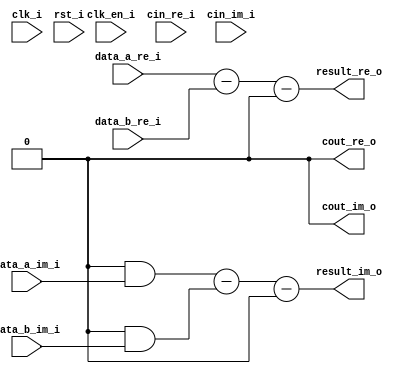
// =============================================================================
// >>>>>>>>>>>>>>>>>>>>>>>>> COPYRIGHT NOTICE <<<<<<<<<<<<<<<<<<<<<<<<<<<<<<<<<<
// -----------------------------------------------------------------------------
//   Copyright (c) 2017 by Lattice Semiconductor Corporation
//   ALL RIGHTS RESERVED 
// -----------------------------------------------------------------------------
//
//   Permission:
//
//      Lattice SG Pte. Ltd. grants permission to use this code
//      pursuant to the terms of the Lattice Reference Design License Agreement. 
//
//
//   Disclaimer:
//
//      This VHDL or Verilog source code is intended as a design reference
//      which illustrates how these types of functions can be implemented.
//      It is the user's responsibility to verify their design for
//      consistency and functionality through the use of formal
//      verification methods.  Lattice provides no warranty
//      regarding the use or functionality of this code.
//
// -----------------------------------------------------------------------------
//
//                  Lattice SG Pte. Ltd.
//                  101 Thomson Road, United Square #07-02 
//                  Singapore 307591
//
//
//                  TEL: 1-800-Lattice (USA and Canada)
//                       +65-6631-2000 (Singapore)
//                       +1-503-268-8001 (other locations)
//
//                  web: http://www.latticesemi.com/
//
// -----------------------------------------------------------------------------
//
// =============================================================================
//                         FILE DETAILS         
// Project               : 
// Title                 : 
// Dependencies          : 
// Description           : A two-input subtractor that performs signed/unsigned
//                       : subtraction of the data from inputs DataA and DataB
//                       : with an optional Cin borrow input. The output Result
//                       : carries the Difference of the subtraction operation
//                       : with an optional Cout borrow output.
// =============================================================================
//                        REVISION HISTORY
// Version               : 1.1.0
// Author(s)             : 
// Mod. Date             : 
// Changes Made          : Removed registered input option.
// =============================================================================

`ifndef LSCC_SUBTRACTOR
`define LSCC_SUBTRACTOR

module lscc_subtractor #
// -----------------------------------------------------------------------------
// Module Parameters
// -----------------------------------------------------------------------------
(
parameter integer            D_WIDTH   = 16,
parameter                    SIGNED    = "off",
parameter                    USE_CNUM  = 0,
parameter                    USE_CIN   = 0,
parameter                    USE_COUT  = 0,
parameter                    USE_IREG  = "off",
parameter                    USE_OREG  = "off",
parameter integer            PIPELINES = 0,
parameter                    PIPE_4BIT = 1'b0,
parameter                    FAMILY    = "LIFCL"
)
// -----------------------------------------------------------------------------
// Input/Output Ports
// -----------------------------------------------------------------------------
(
input                        clk_i,
input                        clk_en_i,
input                        rst_i,
input [D_WIDTH-1:0]          data_a_re_i,
input [D_WIDTH-1:0]          data_a_im_i,
input [D_WIDTH-1:0]          data_b_re_i,
input [D_WIDTH-1:0]          data_b_im_i,
input                        cin_re_i,
input                        cin_im_i,

output reg [D_WIDTH-1:0]     result_re_o,
output reg [D_WIDTH-1:0]     result_im_o,
output reg                   cout_re_o,
output reg                   cout_im_o
);

// -----------------------------------------------------------------------------
// Local Parameters
// -----------------------------------------------------------------------------
localparam                   CNUM      = (USE_CNUM == 0) ? 1'b0 : 1'b1;
localparam                   CIN       = (USE_CIN  == 0) ? 1'b0 : 1'b1;
localparam                   COUT      = (USE_COUT == 0) ? 1'b0 : 1'b1;
localparam                   UNSIGNED  = (SIGNED == "on") ? 1'b0 : 1'b1;
localparam integer           MAX_PIPES = ((D_WIDTH - 1) >> (3 - PIPE_4BIT));
localparam integer           PIPES     = (PIPELINES > MAX_PIPES) ? MAX_PIPES : PIPELINES ;
localparam integer           MIN_SFT   = (D_WIDTH/(PIPES + 1));
localparam integer           MIN_SFT_C = (MIN_SFT * (PIPES + 1));
localparam integer           SFT_WDT   = (MIN_SFT + (MIN_SFT_C < D_WIDTH));
localparam integer           PIPE_WDT  = (PIPES * SFT_WDT);
localparam [D_WIDTH-1:0]     VAL_0     = {D_WIDTH{1'b0}};

// -----------------------------------------------------------------------------
// Combinatorial/Sequential Registers
// -----------------------------------------------------------------------------
reg [D_WIDTH-1:0]            A_Re;
reg [D_WIDTH-1:0]            B_Re;
reg [D_WIDTH-1:0]            A_Im;
reg [D_WIDTH-1:0]            B_Im;
reg                          Ci_Im;
reg                          Ci_Re;
reg                          Co_Re;
reg                          Co_Im;

// -----------------------------------------------------------------------------
// Wire Declarations
// -----------------------------------------------------------------------------
wire [D_WIDTH-1:0]           AmB_Re;
wire [D_WIDTH-1:0]           AmB_Im;
wire                         A_Re_msb;
wire                         B_Re_msb;
wire                         A_Im_msb;
wire                         B_Im_msb;

wire                         AmB_Re_msb = AmB_Re[D_WIDTH-1];
wire                         AmB_Im_msb = AmB_Im[D_WIDTH-1];
wire                         Co_Re_c    = (COUT & (UNSIGNED ^ Co_Re));
wire                         Co_Im_c    = (COUT & (UNSIGNED ^ Co_Im));

// -----------------------------------------------------------------------------
// Combinatorial Blocks
// -----------------------------------------------------------------------------
always @* begin
  if (SIGNED == "on") begin
    case({A_Re_msb, B_Re_msb})
      2'b00,
      2'b11: Co_Re = 1'b0;
      2'b01: Co_Re =  AmB_Re_msb;
      2'b10: Co_Re = ~AmB_Re_msb;
    endcase

    case({A_Im_msb, B_Im_msb})
      2'b00,
      2'b11: Co_Im = 1'b0;
      2'b01: Co_Im =  AmB_Im_msb;
      2'b10: Co_Im = ~AmB_Im_msb;
    endcase
  end
  else begin
    case({A_Re_msb, B_Re_msb})
      2'b00,
      2'b11: Co_Re = ~AmB_Re_msb;
      2'b01: Co_Re = 1'b0;
      2'b10: Co_Re = 1'b1;
    endcase

    case({A_Im_msb, B_Im_msb})
      2'b00,
      2'b11: Co_Im = ~AmB_Im_msb;
      2'b01: Co_Im = 1'b0;
      2'b10: Co_Im = 1'b1;
    endcase
  end
end

// -----------------------------------------------------------------------------
// Generate Combinatorial/Sequential Blocks
// -----------------------------------------------------------------------------
generate
  if (USE_IREG == "on") begin : U_I_REG_ON
    // -----------------
    // Sequential Input
    // -----------------
    always @ (posedge clk_i or posedge rst_i) begin
      if (rst_i) begin
        A_Re  <= VAL_0;
        B_Re  <= VAL_0;
        A_Im  <= VAL_0;
        B_Im  <= VAL_0;
        Ci_Im <= 1'b0;
        Ci_Re <= 1'b0;
      end
      else if (clk_en_i) begin
        A_Re  <= data_a_re_i;
        B_Re  <= data_b_re_i;
        A_Im  <= ({D_WIDTH {CNUM}} & data_a_im_i);
        B_Im  <= ({D_WIDTH {CNUM}} & data_b_im_i);
        Ci_Im <= (CIN & CNUM & ~cin_im_i);
        Ci_Re <= (CIN &  ~cin_re_i);
      end
    end
  end  // U_I_REG_ON
  else begin : U_I_REG_OFF
    // --------------------
    // Combinatorial Input
    // --------------------
    always @* begin
      A_Re  = data_a_re_i;
      B_Re  = data_b_re_i;
      A_Im  = ({D_WIDTH {CNUM}} & data_a_im_i);
      B_Im  = ({D_WIDTH {CNUM}} & data_b_im_i);
      Ci_Im = (CIN & CNUM & cin_im_i);
      Ci_Re = (CIN & cin_re_i);
    end
  end  // U_I_REG_OFF
endgenerate

generate
  if (PIPES > 0) begin : U_PIPELINES_GT_0
    // -------------------------------------------------------------------------
    // PIPELINED
    // Subtraction here happens as given below.
    // rst_i: All pipes initialized to All 0's
    // i is 0: Subtract raw inputs of Shift Width size
    // Subtract piped inputs of Shift Width size and accumulate with the
    // value from the previous pipe
    // -------------------------------------------------------------------------
    reg [D_WIDTH-1:0] A_Re_pipe [PIPES-1:0];
    reg [D_WIDTH-1:0] B_Re_pipe [PIPES-1:0];
    reg [D_WIDTH-1:0] A_Im_pipe [PIPES-1:0];
    reg [D_WIDTH-1:0] B_Im_pipe [PIPES-1:0];
    reg [D_WIDTH-1:0] AmB_Re_pipe [PIPES-1:0];
    reg [D_WIDTH-1:0] AmB_Im_pipe [PIPES-1:0];

    integer i;
    always @ (posedge clk_i or posedge rst_i) begin
      if (rst_i) begin
        for (i = 0 ; i < PIPES ; i = i + 1) begin
          A_Re_pipe[i]   <= VAL_0;
          B_Re_pipe[i]   <= VAL_0;
          A_Im_pipe[i]   <= VAL_0;
          B_Im_pipe[i]   <= VAL_0;
          AmB_Re_pipe[i] <= VAL_0;
          AmB_Im_pipe[i] <= VAL_0;
        end
      end
      else begin
        for (i = 0 ; i < PIPES ; i = i + 1) begin
          if (i == 0) begin
            A_Re_pipe[0] <= A_Re;
            B_Re_pipe[0] <= B_Re;
            A_Im_pipe[0] <= A_Im;
            B_Im_pipe[0] <= B_Im;
          end
          else begin
            A_Re_pipe[i] <= A_Re_pipe[i-1];
            B_Re_pipe[i] <= B_Re_pipe[i-1];
            A_Im_pipe[i] <= A_Im_pipe[i-1];
            B_Im_pipe[i] <= B_Im_pipe[i-1];
          end
    
          if (i == 0) begin
            AmB_Re_pipe[0] <= ( A_Re[SFT_WDT-1:0] -
                                B_Re[SFT_WDT-1:0] -
                               Ci_Re             );
            AmB_Im_pipe[0] <= ( A_Im[SFT_WDT-1:0] -
                                B_Im[SFT_WDT-1:0] -
                               Ci_Im             );
          end
          else begin
            AmB_Re_pipe[i] <= {AmB_Re_pipe[i-1]                         +
                               ((A_Re_pipe[i-1][(i*SFT_WDT) +: SFT_WDT] -
                                 B_Re_pipe[i-1][(i*SFT_WDT) +: SFT_WDT]
                                ) << (i*SFT_WDT))
                              };
            AmB_Im_pipe[i] <= {AmB_Im_pipe[i-1]                         +
                               ((A_Im_pipe[i-1][(i*SFT_WDT) +: SFT_WDT] -
                                 B_Im_pipe[i-1][(i*SFT_WDT) +: SFT_WDT]
                                ) << (i*SFT_WDT))
                              };
          end
        end
      end
    end
    
    assign A_Re_msb = A_Re_pipe[PIPES-1][D_WIDTH-1];
    assign B_Re_msb = B_Re_pipe[PIPES-1][D_WIDTH-1];
    assign A_Im_msb = A_Im_pipe[PIPES-1][D_WIDTH-1];
    assign B_Im_msb = B_Im_pipe[PIPES-1][D_WIDTH-1];
    
    assign AmB_Re   = {AmB_Re_pipe[PIPES-1]                   +
                       ((A_Re_pipe[PIPES-1][D_WIDTH-1:PIPE_WDT] -
                         B_Re_pipe[PIPES-1][D_WIDTH-1:PIPE_WDT]
                        ) << PIPE_WDT)
                      };
    assign AmB_Im   = {AmB_Im_pipe[PIPES-1]                   +
                       ((A_Im_pipe[PIPES-1][D_WIDTH-1:PIPE_WDT] -
                         B_Im_pipe[PIPES-1][D_WIDTH-1:PIPE_WDT]
                        ) << PIPE_WDT)
                      };
  end  // U_PIPELINES_GT_0
  else begin : U_PIPELINES_EQ_0
    // --------------
    // Combinatorial
    // --------------
    assign A_Re_msb = A_Re[D_WIDTH-1];
    assign B_Re_msb = B_Re[D_WIDTH-1];
    assign A_Im_msb = A_Im[D_WIDTH-1];
    assign B_Im_msb = B_Im[D_WIDTH-1];
    
    assign AmB_Re = {A_Re - B_Re - Ci_Re};
    assign AmB_Im = {A_Im - B_Im - Ci_Im};

  end  // U_PIPELINES_EQ_0
endgenerate

generate
  if (USE_OREG == "on") begin : U_O_REG_ON
    // ------------------
    // Sequential Output
    // ------------------
    always @ (posedge clk_i or posedge rst_i) begin
      if (rst_i) begin
        result_re_o <= VAL_0;
        result_im_o <= VAL_0;
        cout_re_o   <= UNSIGNED;
        cout_im_o   <= UNSIGNED;
      end
      else if (clk_en_i) begin
        result_re_o <= AmB_Re;
        result_im_o <= AmB_Im;
        cout_re_o   <= Co_Re_c;
        cout_im_o   <= Co_Im_c;
      end
    end
  end  // U_O_REG_ON
  else begin : U_O_REG_OFF
    // ---------------------
    // Combinatorial Output
    // ---------------------
    always @* begin
      result_re_o = AmB_Re;
      result_im_o = AmB_Im;
      cout_re_o   = Co_Re_c;
      cout_im_o   = Co_Im_c;
    end
  end  // U_O_REG_OFF
endgenerate

endmodule
//=============================================================================
// lscc_subtractor.v
//=============================================================================
`endif